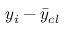
{ y } _ { i } - \bar { y } _ { c l }